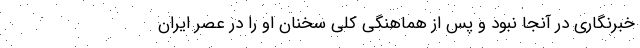
خبرنگاری در آنجا نبود و پس از هماهنگی کلی سخنان او را در عصر ایران